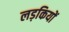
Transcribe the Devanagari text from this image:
लड़कियों